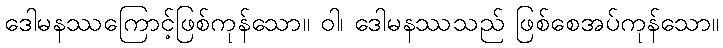
ဒေါမနဿကြောင့်ဖြစ်ကုန်သော။ ဝါ၊ ဒေါမနဿသည် ဖြစ်စေအပ်ကုန်သော။